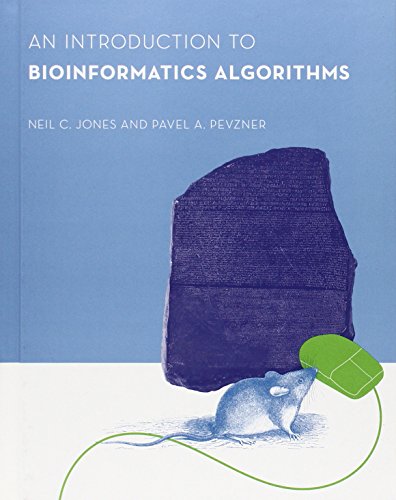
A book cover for An Introduction to Bioinformatics Algorithms (Computational Molecular Biology); Neil C. Jones; Computers & Technology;